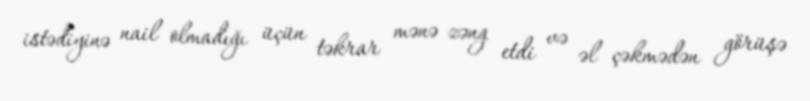
istədiyinə nail olmadığı üçün təkrar mənə zəng etdi və əl çəkmədən görüşə